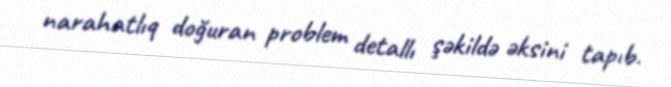
narahatlıq doğuran problem detallı şəkildə əksini tapıb.